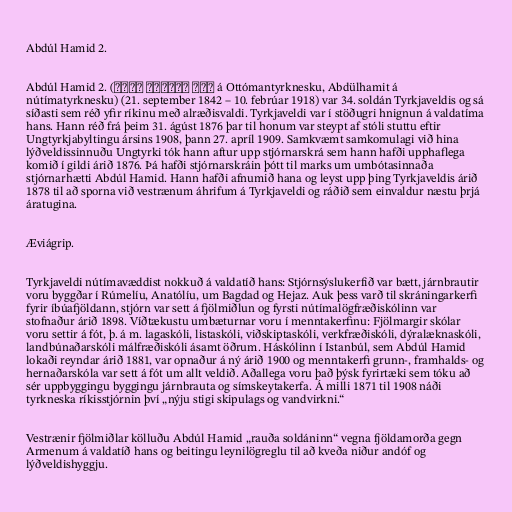
Abdúl Hamid 2.

Abdúl Hamid 2. (عبد الحميد ثانی á Ottómantyrknesku, Abdülhamit á
nútímatyrknesku) (21. september 1842 – 10. febrúar 1918) var 34. soldán Tyrkjaveldis og sá
síðasti sem réð yfir ríkinu með alræðisvaldi. Tyrkjaveldi var í stöðugri hnignun á valdatíma
hans. Hann réð frá þeim 31. ágúst 1876 þar til honum var steypt af stóli stuttu eftir
Ungtyrkjabyltingu ársins 1908, þann 27. apríl 1909. Samkvæmt samkomulagi við hina
lýðveldissinnuðu Ungtyrki tók hann aftur upp stjórnarskrá sem hann hafði upphaflega
komið í gildi árið 1876. Þá hafði stjórnarskráin þótt til marks um umbótasinnaða
stjórnarhætti Abdúl Hamid. Hann hafði afnumið hana og leyst upp þing Tyrkjaveldis árið
1878 til að sporna við vestrænum áhrifum á Tyrkjaveldi og ráðið sem einvaldur næstu þrjá
áratugina.

Æviágrip.

Tyrkjaveldi nútímavæddist nokkuð á valdatíð hans: Stjórnsýslukerfið var bætt, járnbrautir
voru byggðar í Rúmelíu, Anatólíu, um Bagdad og Hejaz. Auk þess varð til skráningarkerfi
fyrir íbúafjöldann, stjórn var sett á fjölmiðlun og fyrsti nútímalögfræðiskólinn var
stofnaður árið 1898. Víðtækustu umbæturnar voru í menntakerfinu: Fjölmargir skólar
voru settir á fót, þ. á m. lagaskóli, listaskóli, viðskiptaskóli, verkfræðiskóli, dýralæknaskóli,
landbúnaðarskóli málfræðiskóli ásamt öðrum. Háskólinn í Istanbúl, sem Abdúl Hamid
lokaði reyndar árið 1881, var opnaður á ný árið 1900 og menntakerfi grunn-, framhalds- og
hernaðarskóla var sett á fót um allt veldið. Aðallega voru það þýsk fyrirtæki sem tóku að
sér uppbyggingu byggingu járnbrauta og símskeytakerfa. Á milli 1871 til 1908 náði
tyrkneska ríkisstjórnin því „nýju stigi skipulags og vandvirkni.“

Vestrænir fjölmiðlar kölluðu Abdúl Hamid „rauða soldáninn“ vegna fjöldamorða gegn
Armenum á valdatíð hans og beitingu leynilögreglu til að kveða niður andóf og
lýðveldishyggju.